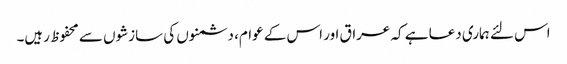
اس لئے ہماری دعا ہے کہ عراق اور اس کے عوام، دشمنوں کی سازشوں سے محفوظ رہیں۔